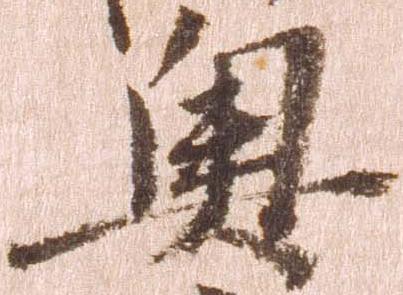
奥